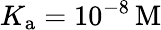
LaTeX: K_{\mathrm{a}}=10^{-8}\, \mathrm{M}